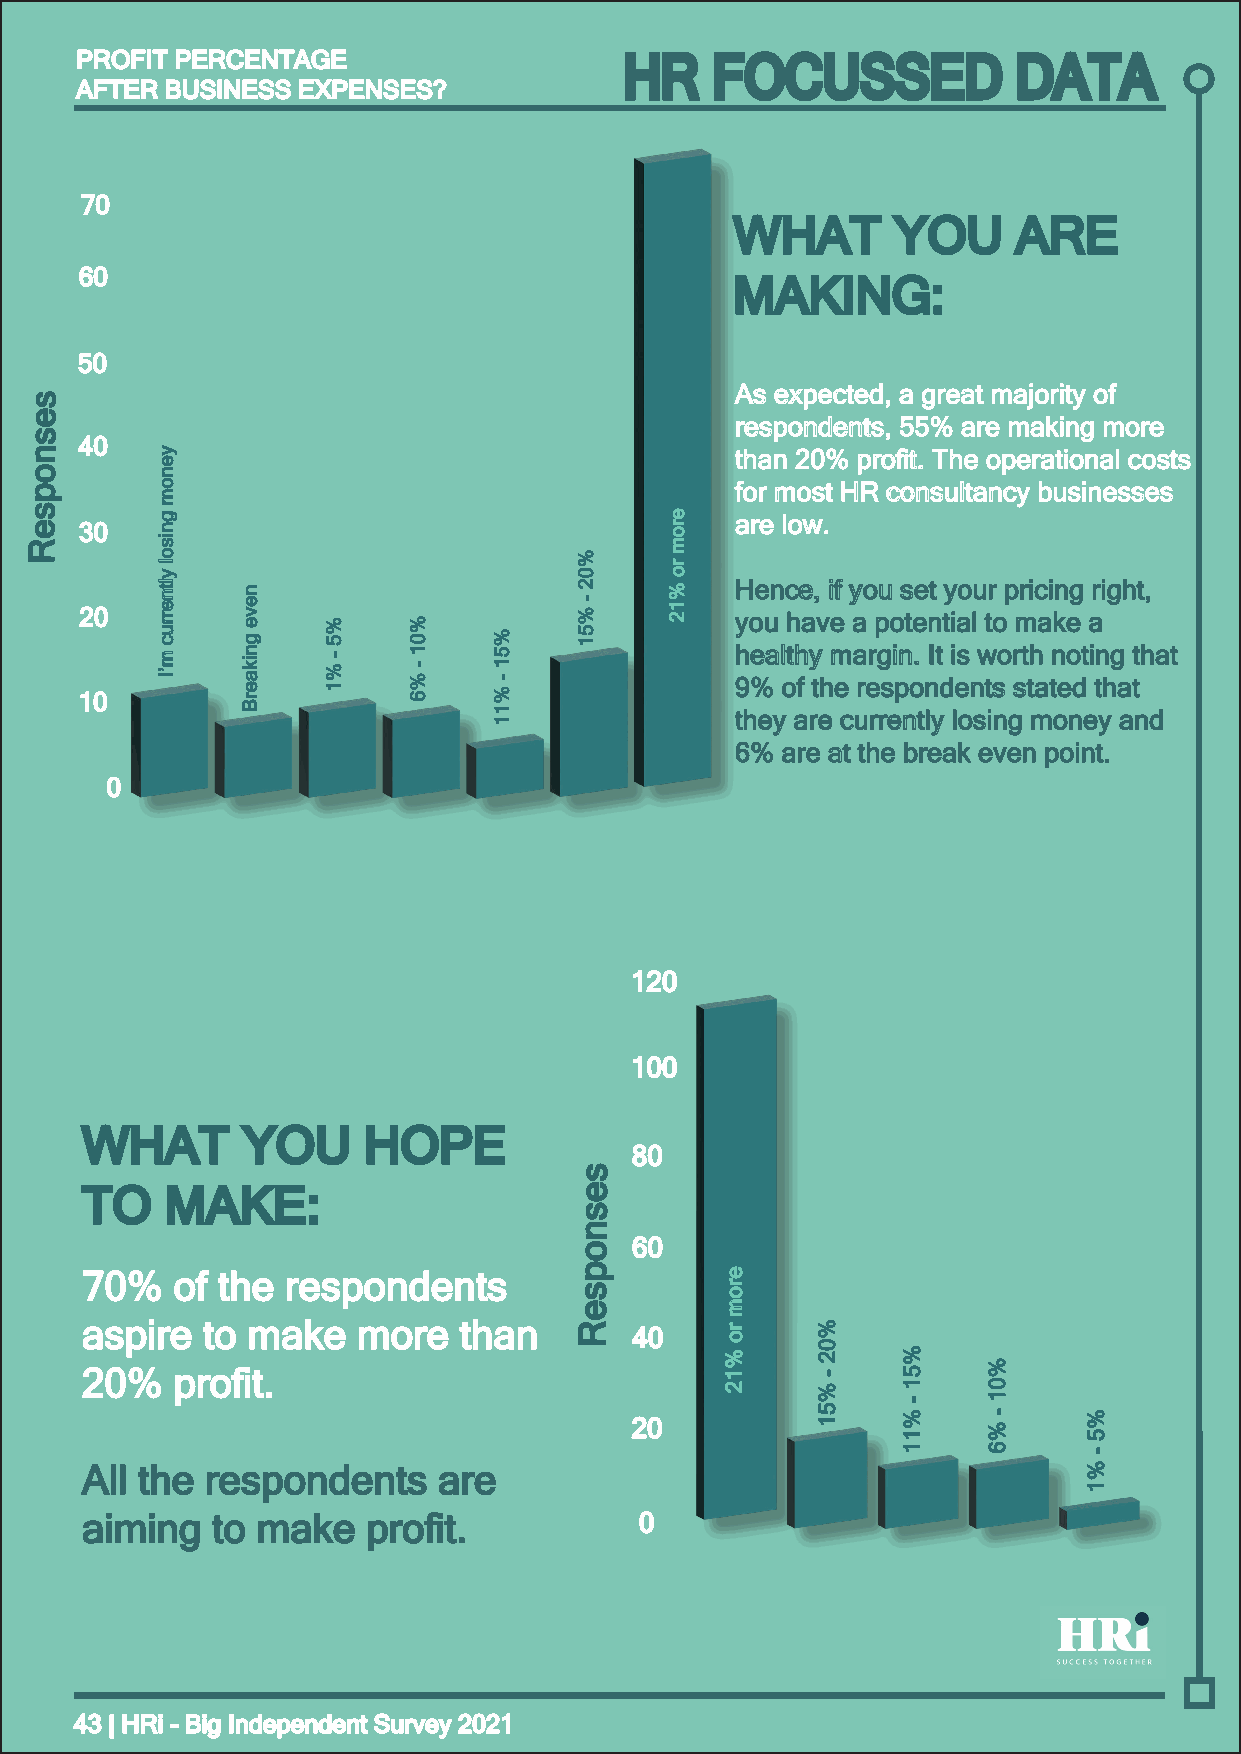
PPRROOFFIITT PPEERRCCEENNTTAAGGEE   HR    FOCUSSED            DATA
 AAFFTTEERR BBUUSSIINNEESSSS EEXXPPEENNSSEESS??
 7700
 WWHHAATT  YYOOUU  AARREE
 6600
 MMAAKKIINNGG::
 5500
 AAss eexxppeecctteedd,, aa ggrreeaatt mmaajjoorriittyy ooff
 ss
 ee
 rreessppoonnddeennttss,, 5555%% aarree mmaakkiinngg mmoorree
 ss
 4400
 nn                                             tthhaann 2200%% pprroofifitt.. TThhee ooppeerraattiioonnaall ccoossttss
 oo
 pp                                             ffoorr mmoosstt HHRR ccoonnssuullttaannccyy bbuussiinneesssseess
 ss
 ee 3300                                        aarree llooww..
 RR
 HHeennccee,, iiff yyoouu sseett yyoouurr pprriicciinngg rriigghhtt,,
 2200                                        yyoouu hhaavvee aa ppootteennttiiaall ttoo mmaakkee aa
 hheeaalltthhyy mmaarrggiinn.. IItt iiss wwoorrtthh nnoottiinngg tthhaatt
 99%% ooff tthhee rreessppoonnddeennttss ssttaatteedd tthhaatt
 1100
 tthheeyy aarree ccuurrrreennttllyy lloossiinngg mmoonneeyy aanndd
 66%% aarree aatt tthhee bbrreeaakk eevveenn ppooiinntt..
 00
 112200
 110000
 WWHHAATT   YYOOUU  HHOOPPEE
 8800
 ss
 TTOO  MMAAKKEE::                 ee
 ss
 nn
 oo  6600
 pp 7700%% ooff tthhee rreessppoonnddeennttss
 ss
 ee
 aassppiirree ttoo mmaakkee mmoorree tthhaann RR 4400
 2200%% pprroofifitt..
 2200
 AAllll tthhee rreessppoonnddeennttss aarree
 aaiimmiinngg ttoo mmaakkee pprroofifitt.. 00
 4433 || HHRRii -- BBiigg IInnddeeppeennddeenntt SSuurrvveeyy 22002211
 yyeennoomm
 ggnniissooll
 yyllttnneerrrruucc
 mm’’II
 nneevvee
 ggnniikkaaeerrBB
 %%55
 --
 %%11
 %%0011
 --
 %%66
 %%5511
 --
 %%1111
 %%0022
 --
 %%5511
 eerroomm
 rroo
 %%1122
 eerroomm
 rroo
 %%1122
 %%0022
 --
 %%5511
 %%5511
 --
 %%1111
 %%0011
 --
 %%66
 %%55
 --
 %%11